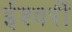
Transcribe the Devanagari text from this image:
ईश्वरीं